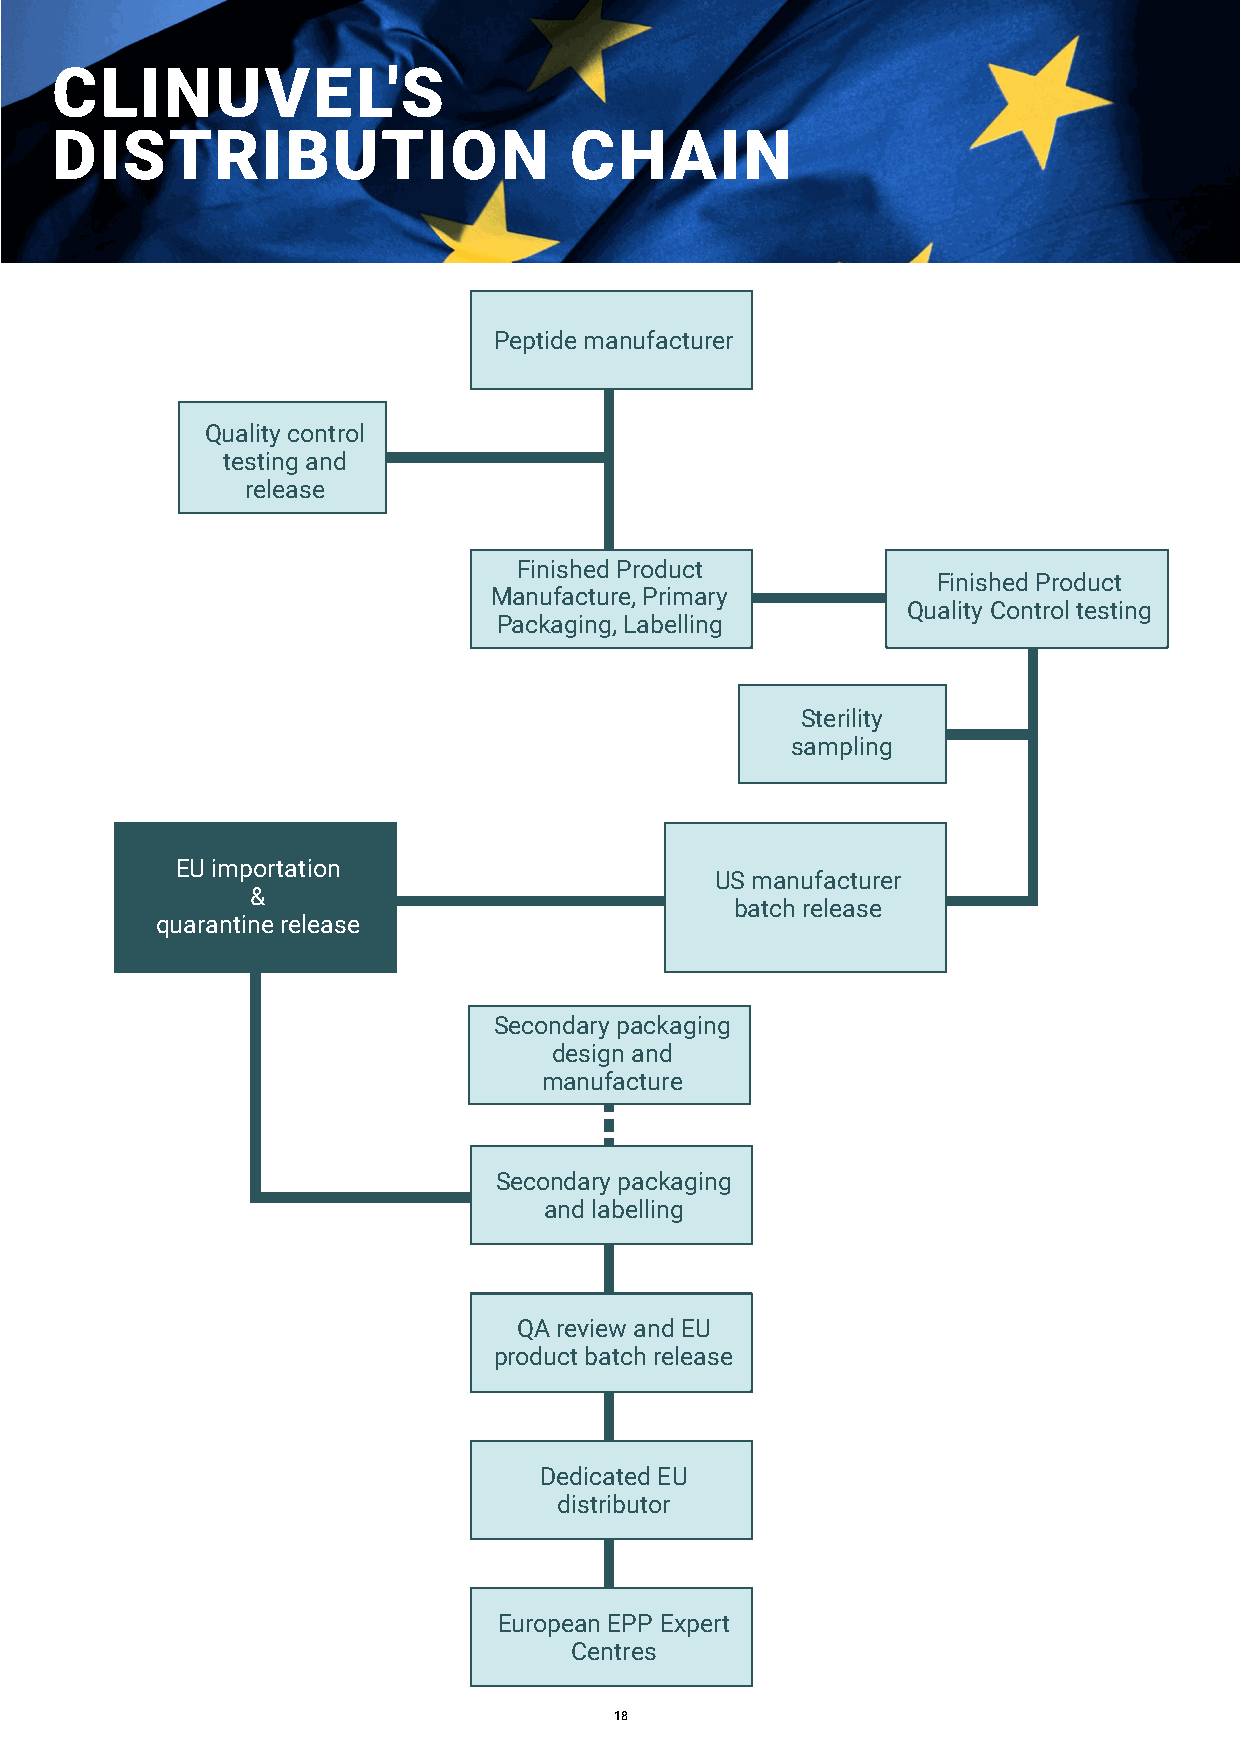
EUropEaN distribUtioN oF sCENEssE®
 CLINUVEL'S
 DISTRIBUTION                       CHAIN
 Peptide manufacturer
 Quality control
 testing and
 release
 Finished Product
 Finished Product
 Manufacture, Primary
 Quality Control testing
 Packaging, Labelling
 Sterility
 sampling
 EU importation
 US manufacturer
 &
 batch release
 quarantine release
 Secondary packaging
 design and
 manufacture
 Secondary packaging
 and labelling
 QA review and EU
 product batch release
 Dedicated EU
 distributor
 European EPP Expert
 Centres
 18